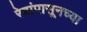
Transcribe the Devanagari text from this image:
रेषांपासूनच्या